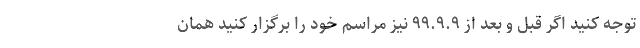
توجه کنید اگر قبل و بعد از ۹۹.۹.۹ نیز مراسم خود را برگزار کنید همان